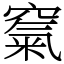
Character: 𥧔